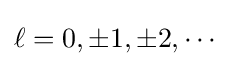
{\textstyle \ell =0,\pm 1,\pm 2,\cdots }